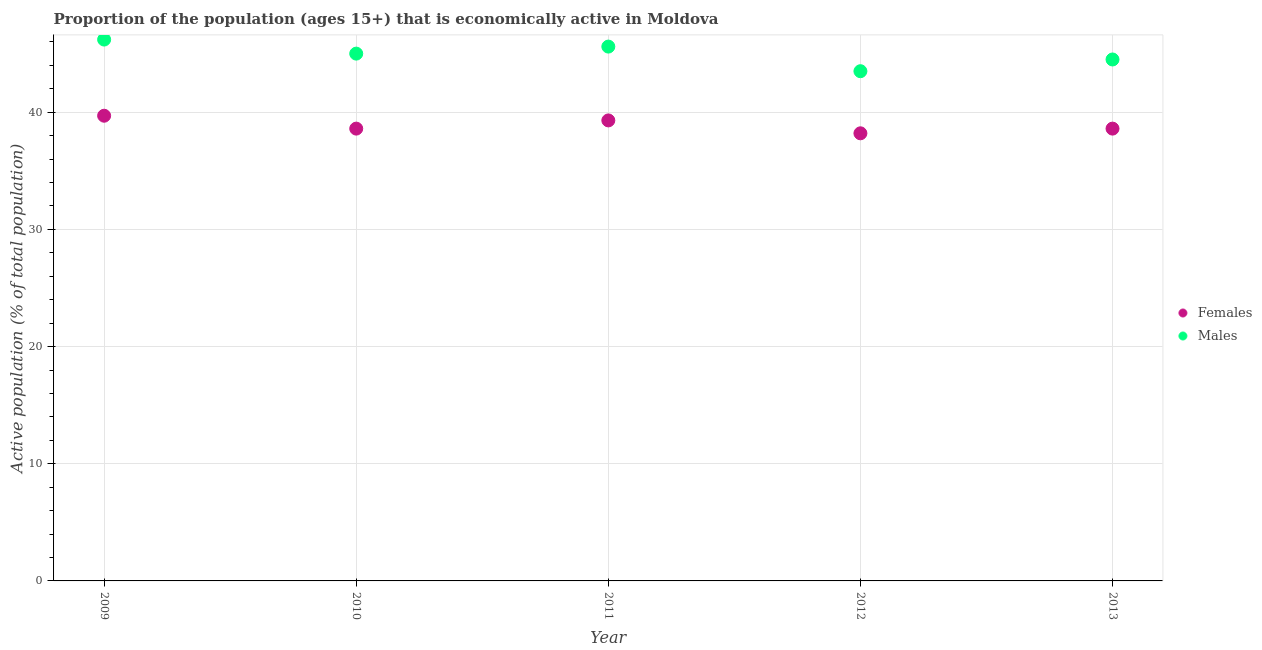
| Year | Females | Males |
 | --- | --- | --- |
 | 2009 | 39.7 | 46.2 |
 | 2010 | 38.6 | 45 |
 | 2011 | 39.3 | 45.6 |
 | 2012 | 38.2 | 43.5 |
 | 2013 | 38.6 | 44.5 |